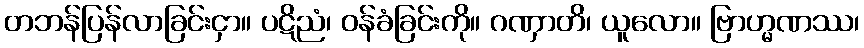
တဘန်ပြန်လာခြင်းငှာ။ ပဋိညံ၊ ဝန်ခံခြင်းကို။ ဂဏှာတိ၊ ယူလော။ ဗြာဟ္မဏဿ၊